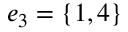
e _ { 3 } = \{ 1 , 4 \}